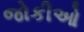
જોકીઓ